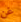
غن